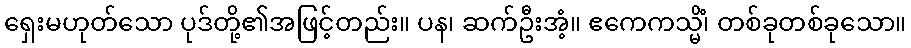
ရှေးမဟုတ်သော ပုဒ်တို့၏အဖြင့်တည်း။ ပန၊ ဆက်ဦးအံ့။ ဧကေကသ္မိံ၊ တစ်ခုတစ်ခုသော။